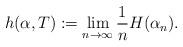
LaTeX: \begin{align*} h(\alpha, T) := \lim_{n \rightarrow \infty} \frac{1}{n} H(\alpha_n).\end{align*}